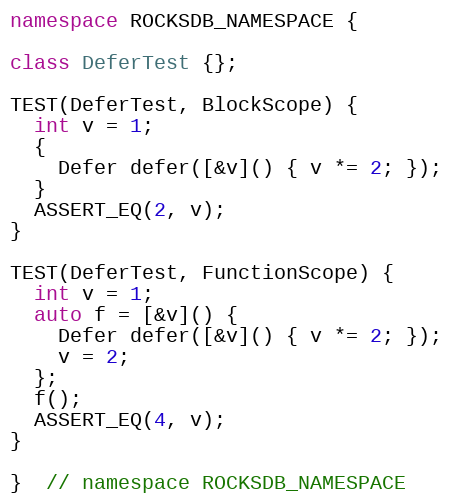
Language: C++
namespace ROCKSDB_NAMESPACE {

class DeferTest {};

TEST(DeferTest, BlockScope) {
  int v = 1;
  {
    Defer defer([&v]() { v *= 2; });
  }
  ASSERT_EQ(2, v);
}

TEST(DeferTest, FunctionScope) {
  int v = 1;
  auto f = [&v]() {
    Defer defer([&v]() { v *= 2; });
    v = 2;
  };
  f();
  ASSERT_EQ(4, v);
}

}  // namespace ROCKSDB_NAMESPACE